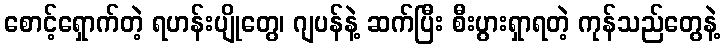
စောင့်ရှောက်တဲ့ ရဟန်းပျိုတွေ၊ ဂျပန်နဲ့ ဆက်ပြီး စီးပွားရှာရတဲ့ ကုန်သည်တွေနဲ့